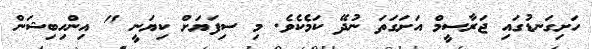
ހަށިގަނޑުގައި ޖަރާސީމް އަށަގަތަ ނުދޭ ކަމެކެވެ. މި ސިފަޔަށް ކިޔަނީ " އިންހިބިޝަން